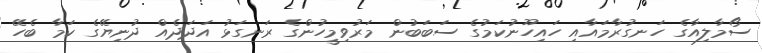
ސޯމާލިއާގެ ހަނގުރާމައާއި ހައިހޫނުކަމުގެ ސަބަބުން މަރުވިމީހުންގެ ރަނގަޅު އަދަދެއް ދުނިޔޭގެ ކަމާ ބެހޭ